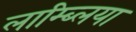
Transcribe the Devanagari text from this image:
लाम्ब्लिया